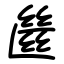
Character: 㡭